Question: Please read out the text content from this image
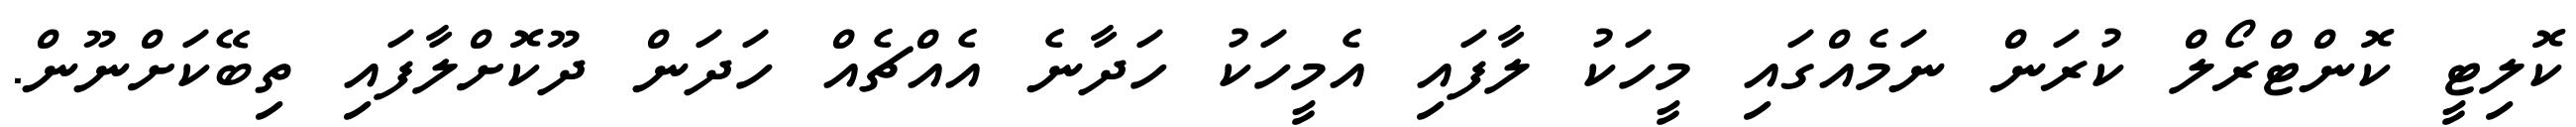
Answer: ކޮލިޓީ ކޮންޓްރޯލް ކުރަން ނަމެއްގައި މީހަކު ލާފައި އެމީހަކު ހަދާނެ އެއްޗެއް ހަދަން ދޫކޮށްލާފައި ތިބޭކަށްނޫން.